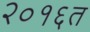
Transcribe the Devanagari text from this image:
२०१६त